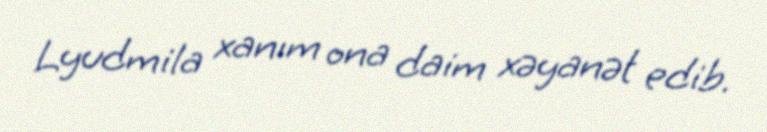
Lyudmila xanım ona daim xəyanət edib.